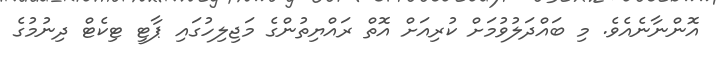
އޮންނާނެއެވެ. މި ބައްދަލުވުމަށް ކުރިއަށް އޮތް ރައްޔިތުންގެ މަޖިލިހުގައި ޕާޓީ ޓިކެޓް ދިނުމުގެ